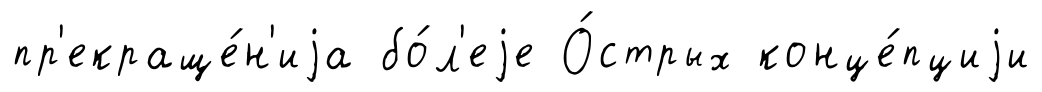
пр'екраще́н'иjа бо́л'еjе О́стрых конце́пциjи